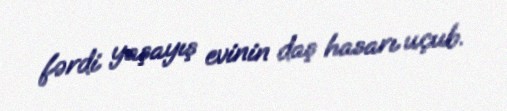
fərdi yaşayış evinin daş hasarı uçub.